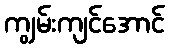
ကျွမ်းကျင်အောင်